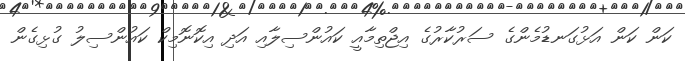
ކަން ކަން އަޅުގަނޑުމެންގެ ސަރުކާރުގެ އިޖްތިމާއީ ކައުންސިލާއި އަދި އިކޮނޮމިކް ކައުންސިލު ގުޅިގެން